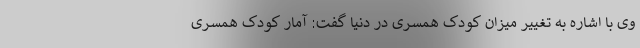
وی با اشاره به تغییر میزان کودک همسری در دنیا گفت: آمار کودک همسری